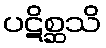
ပဋိစ္ဆသိ